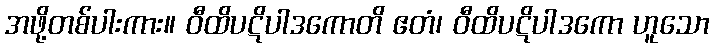
အဖို့တစ်ပါးကား။ ဝီထိပဋိပါဒကောတိ ဧတံ၊ ဝီထိပဋိပါဒကော ဟူသော